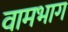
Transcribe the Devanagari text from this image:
वामभाग